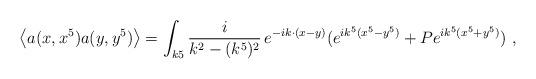
LaTeX: \begin{align*}\left\langle{ a(x,x^5) a(y,y^5)} \right\rangle = \int_{k5} {i \over k^2 - (k^5)^2}\, e^{-ik\cdot (x-y)} (e^{ik^5(x^5-y^5)} + P e^{ik^5(x^5+y^5)}) \ ,\end{align*}